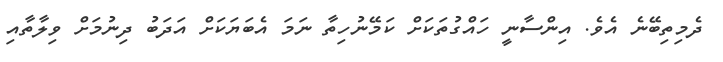
ދެމިތިބޭނެ އެވެ. އިންސާނީ ހައްގުތަކަށް ކަމޭނުހިތާ ނަމަ އެބަޔަކަށް އަދަބު ދިނުމަށް ވިލާތާއި